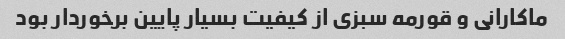
ماکارانی و قورمه سبزی از کیفیت بسیار پایین برخوردار بود